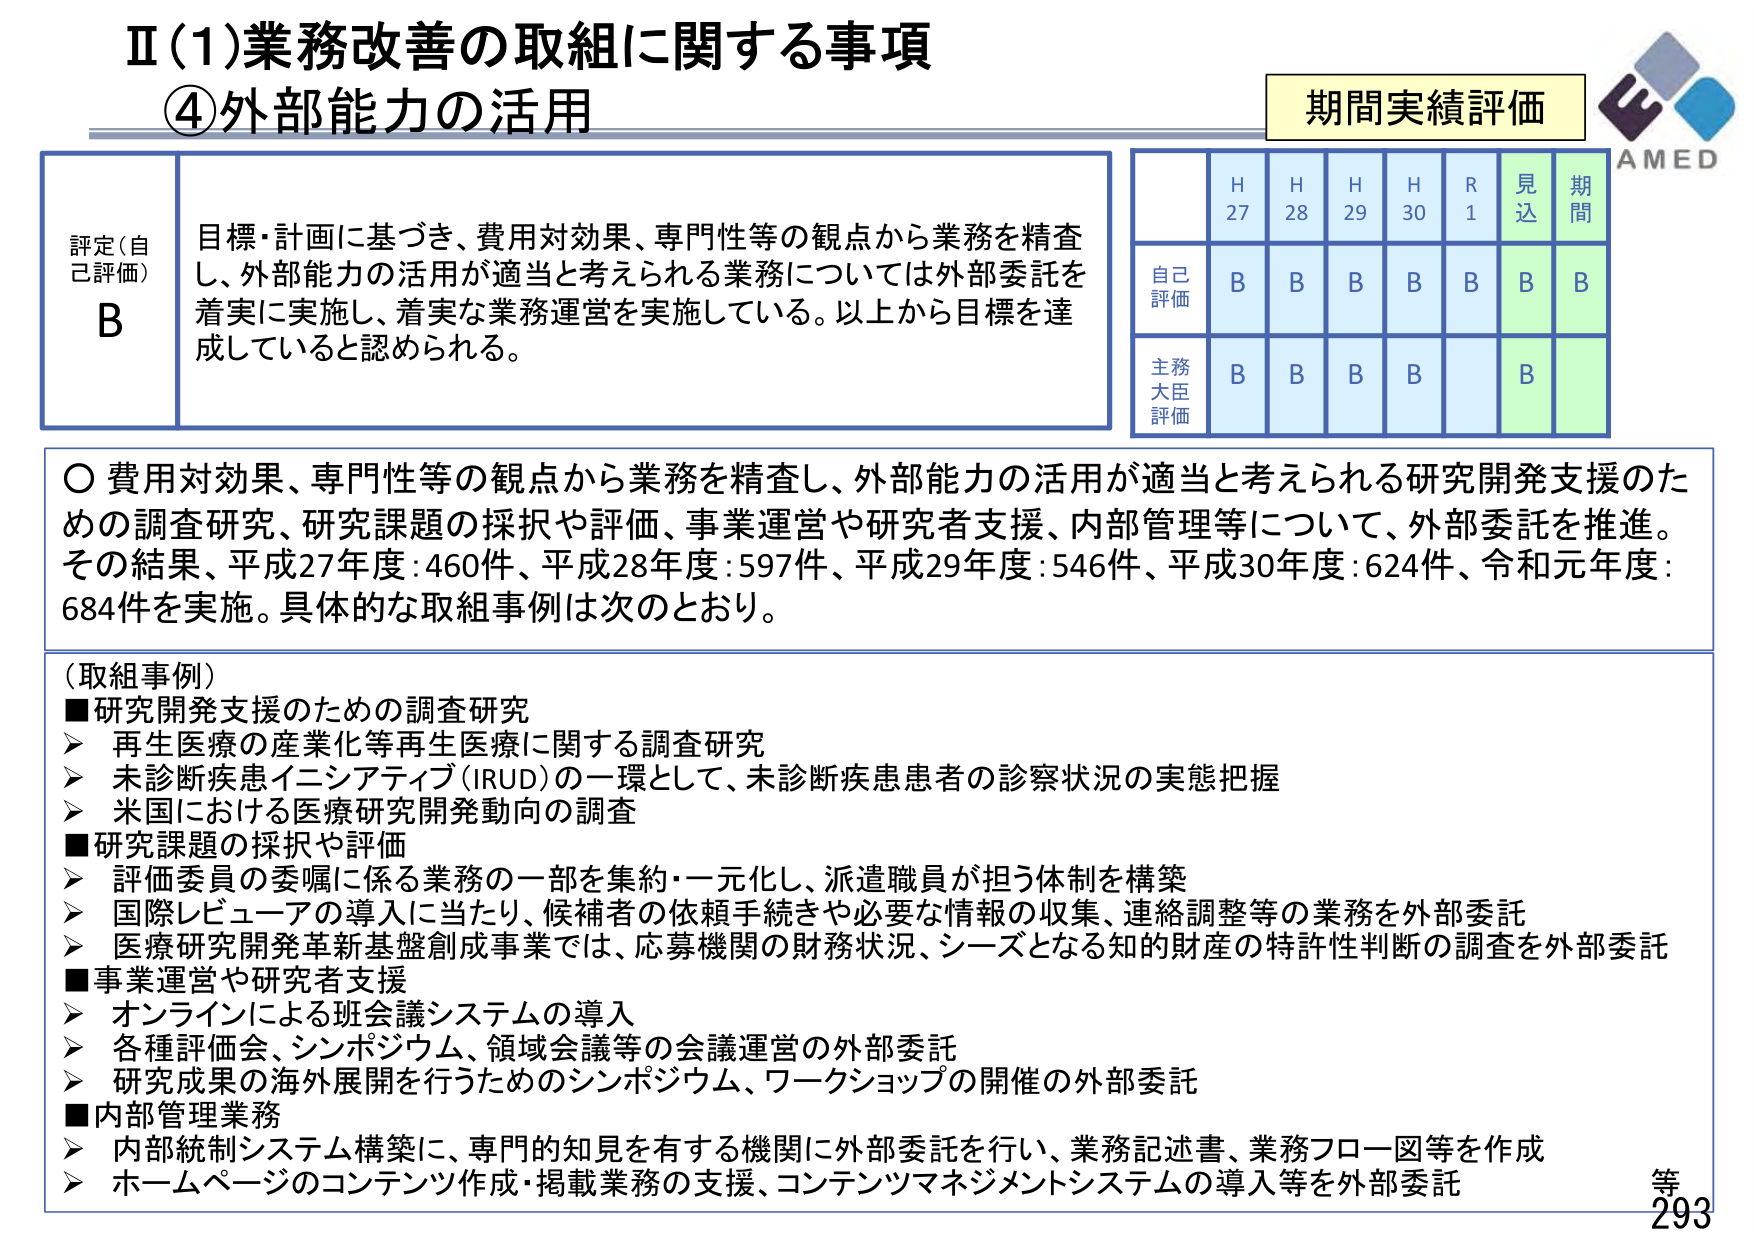
Ⅱ(1)業務改善の取組に関する事項
④外部能力の活用

評定（自己評価）
B

目標・計画に基づき、費用対効果、専門性等の観点から業務を精査し、外部能力の活用が適当と考えられる業務については外部委託を着実に実施し、着実な業務運営を実施している。以上から目標を達成していると認められる。

期間実績評価
H27　H28　H29　H30　R1　見込　期間
自己評価　B　B　B　B　B　B　B
主務大臣評価　B　B　B　B　　　B　　

○ 費用対効果、専門性等の観点から業務を精査し、外部能力の活用が適当と考えられる研究開発支援のための調査研究、研究課題の採択や評価、事業運営や研究者支援、内部管理等について、外部委託を推進。その結果、平成27年度：460件、平成28年度：597件、平成29年度：546件、平成30年度：624件、令和元年度：684件を実施。具体的な取組事例は次のとおり。

（取組事例）
■研究開発支援のための調査研究
　▶ 再生医療の産業化等再生医療に関する調査研究
　▶ 未診断疾患イニシアティブ（IRUD）の一環として、未診断疾患患者の診察状況の実態把握
　▶ 米国における医療研究開発動向の調査
■研究課題の採択や評価
　▶ 評価委員の委嘱に係る業務の一部を集約・一元化し、派遣職員が担う体制を構築
　▶ 国際レビューの導入に当たり、候補者の依頼手続きや必要な情報の収集、連絡調整等の業務を外部委託
　▶ 医療研究開発革新基盤創成事業では、応募機関の財務状況、シーズとなる知的財産の特許性判断の調査を外部委託
■事業運営や研究者支援
　▶ オンラインによる班会議システムの導入
　▶ 各種評価会、シンポジウム、領域会議等の会議運営の外部委託
　▶ 研究成果の海外展開を行うためのシンポジウム、ワークショップの開催の外部委託
■内部管理業務
　▶ 内部統制システム構築に、専門的知見を有する機関に外部委託を行い、業務記述書、業務フロー図等を作成
　▶ ホームページのコンテンツ作成・掲載業務の支援、コンテンツマネジメントシステムの導入等を外部委託

AMED
等
293